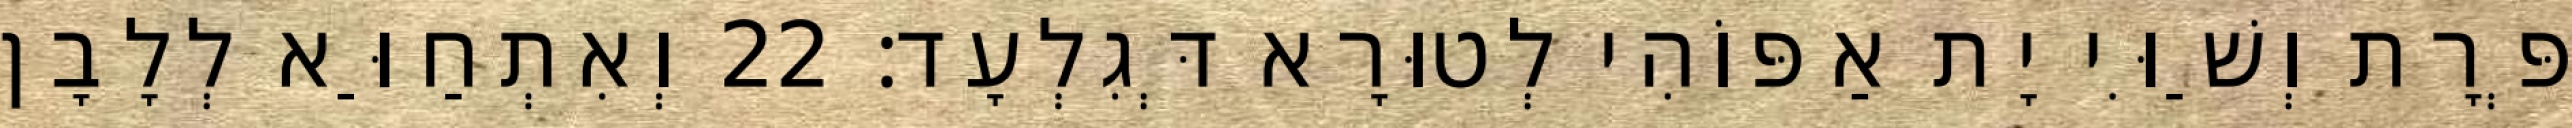
פְּרָת וְשַׁוִּי יָת אַפּוֹהִי לְטוּרָא דְּגִלְעָד׃ 22 וְאִתְחַוַּא לְלָבָן